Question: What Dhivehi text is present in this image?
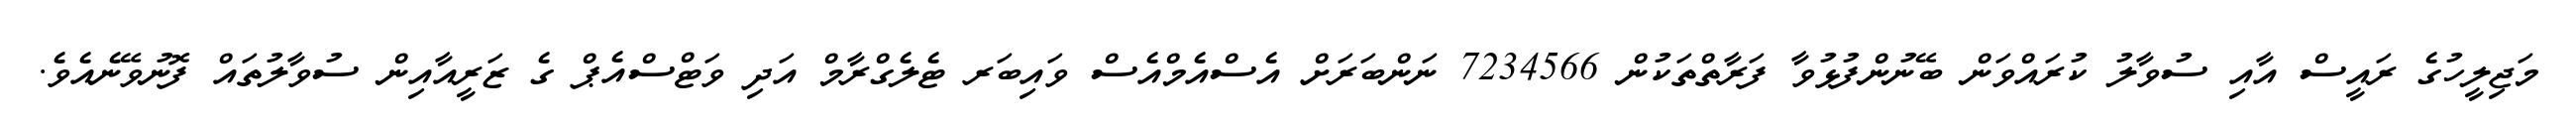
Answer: މަޖިލީހުގެ ރައީސް އާއި ސުވާލު ކުރައްވަން ބޭނުންފުޅުވާ ފަރާތްތަކުން 7234566 ނަންބަރަށް އެސްއެމްއެސް ވައިބަރ ޓެލެގްރާމް އަދި ވަޓްސްއެޕް ގެ ޒަރީއާއިން ސުވާލުތައް ފޮނުވޭނެއެވެ.